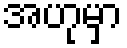
အဟုမှာ